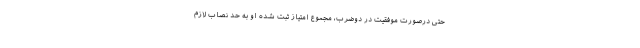
حتی درصورت موفقیت در دوضرب، مجموع امتیاز ثبت شده او به حد نصاب لازم